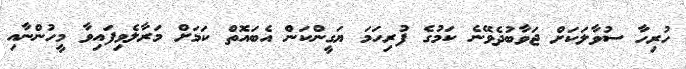
ހުރިހާ ސުވާލަކަށް ޖަވާބުދެވޭނެ ކަމުގެ ފުރިހަމަ ޔަގީންކަން އެބައޮތް ކަމަށް މަރާލެވިފައިވާ މީހުންނާއި